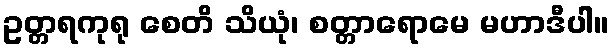
ဥတ္တရကုရု စေတိ သိယုံ၊ စတ္တာရောမေ မဟာဒီပါ။